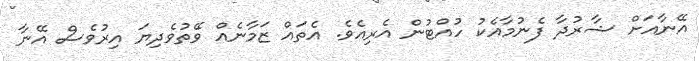
އޭނާއަށް ޝާރުދާ ފެނުމާއެކު ހުއްޓުން އެރިއެވެ. އެތައް ޒަމާނެއް ވޭތުވެދިޔަ އިރުވެސް އޭނާ